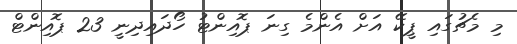
މި މެޗުގައި ޕީކޭ އަށް އެންމެ ގިނަ ޕޮއިންޓު ހޯދައިދިނީ 23 ޕޮއިންޓް